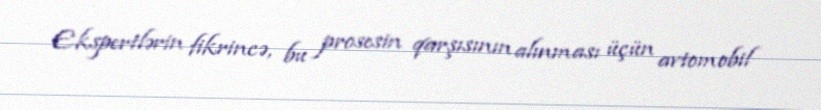
Ekspertlərin fikrincə, bu prosesin qarşısının alınması üçün avtomobil